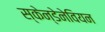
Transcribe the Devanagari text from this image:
स्केन्डेनेवियन